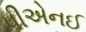
પીએનઈ